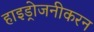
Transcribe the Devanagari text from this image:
हाइड्रोजनीकरन